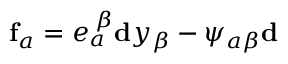
\mathbf { f } _ { a } = e _ { a } ^ { \; \beta } \mathbf { d } y _ { \beta } - \psi _ { a \beta } \mathbf { d }